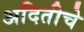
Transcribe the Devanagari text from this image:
अदितीचे